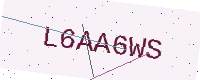
Text: L6AA6WS